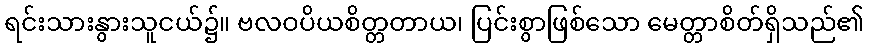
ရင်းသားနွားသူငယ်၌။ ဗလဝပိယစိတ္တတာယ၊ ပြင်းစွာဖြစ်သော မေတ္တာစိတ်ရှိသည်၏